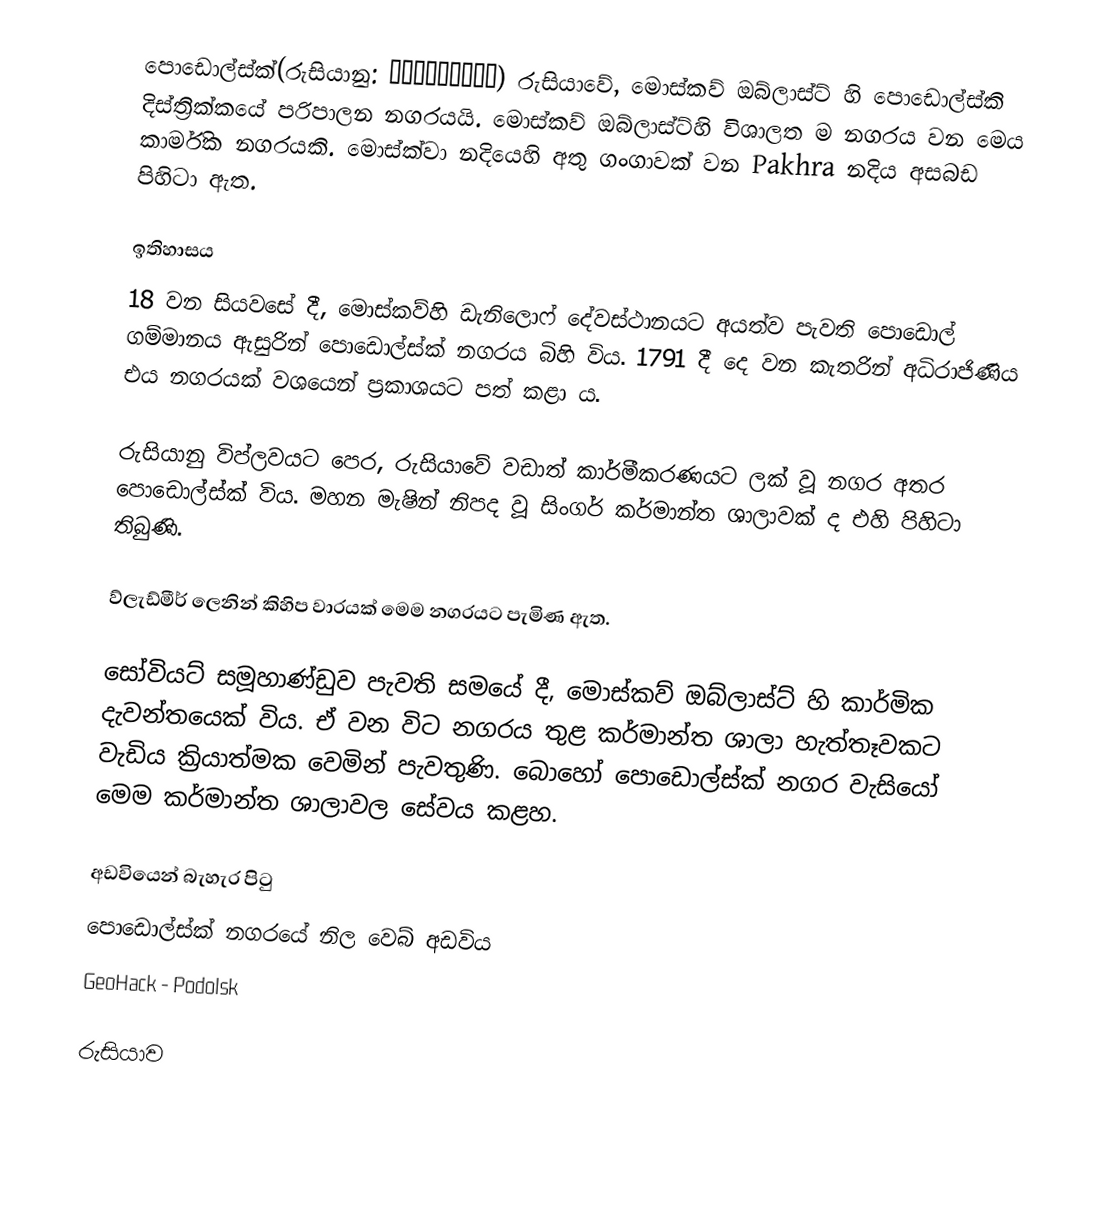
පොඩොල්ස්ක්(රුසියානු: Подо́льск) රුසියාවේ, මොස්කව් ඔබ්ලාස්ට් හි පොඩොල්ස්කි දිස්ත්‍රික්කයේ පරිපාලන නගරයයි. මොස්කව් ඔබ්ලාස්ට්හි විශාලත ම නගරය වන මෙය කාර්මික නගරයකි. මොස්ක්වා නදියෙහි අතු ගංගාවක් වන Pakhra නදිය අසබඩ පිහිටා ඇත​.

ඉතිහාසය​
18 වන සියවසේ දී, මොස්කව්හි ඩැනිලොෆ් දේවස්ථානයට අයත්ව පැවති පොඩොල් ගම්මානය ඇසුරින් පොඩොල්ස්ක් නගරය බිහි විය​. 1791 දී දෙ වන කැතරින් අධිරාජිණිය එය නගරයක් වශයෙන් ප්‍රකාශයට පත් කළා ය​.

රුසියානු විප්ලවයට පෙර, රුසියාවේ වඩාත් කාර්මීකරණයට ලක් වූ නගර අතර පොඩොල්ස්ක් විය​. මහන මැෂින් නිපද වූ සිංගර් කර්මාන්ත ශාලාවක් ද එහි පිහිටා තිබුණි.

ව්ලැඩ්මීර් ලෙනින් කිහිප වාරයක් මෙම නගරයට පැමිණ ඇත​.

සෝවියට් සමූහාණ්ඩුව පැවති සමයේ දී, මොස්කව් ඔබ්ලාස්ට් හි කාර්මික දැවන්තයෙක් විය​. ඒ වන විට නගරය තුළ කර්මාන්ත ශාලා හැත්තෑවකට වැඩිය ක්‍රියාත්මක වෙමින් පැවතුණි. බොහෝ පොඩොල්ස්ක් නගර වැසියෝ මෙම කර්මාන්ත ශාලාවල සේවය කළහ​.

අඩවියෙන් බැහැර පිටු
 පොඩොල්ස්ක් නගරයේ නිල වෙබ් අඩවිය​
 GeoHack - Podolsk

රුසියාව